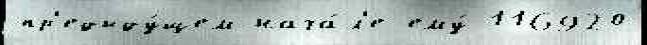
пр'едыду́щем нача́л'е ему́ 116920